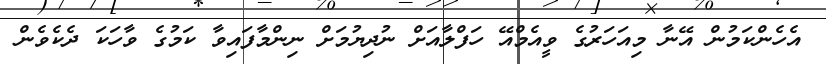
އެހެންކަމުން އޭނާ މިއަހަރުގެ ވީއެމްއޭ ހަފްލާއަށް ނުދިޔުމަށް ނިންމާފައިވާ ކަމުގެ ވާހަކަ ދެކެވެން